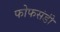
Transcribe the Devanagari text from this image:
फोफसंडी